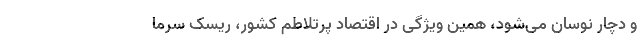
و دچار نوسان می‌شود، همین ویژگی در اقتصاد پرتلاطم کشور، ریسک سرما